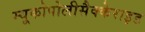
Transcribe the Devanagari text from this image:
म्यूकोपोलीसैक्केराइड